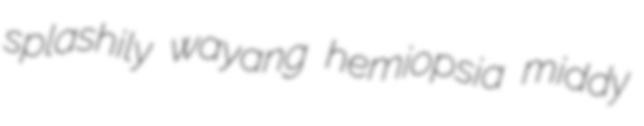
splashily wayang hemiopsia middy